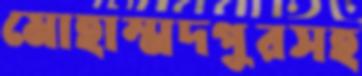
মোহাম্মদপুরসহ